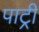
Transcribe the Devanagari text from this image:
पाट्री